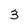
Character: 3